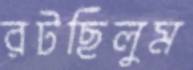
রটছিলুম